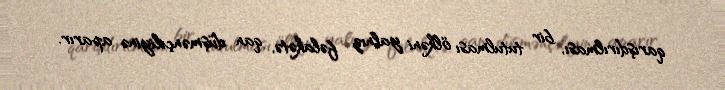
qarışdırılması, bir tutulması ölkəni yalnız fəlakətə, qan düşmənçiliyinə aparır.